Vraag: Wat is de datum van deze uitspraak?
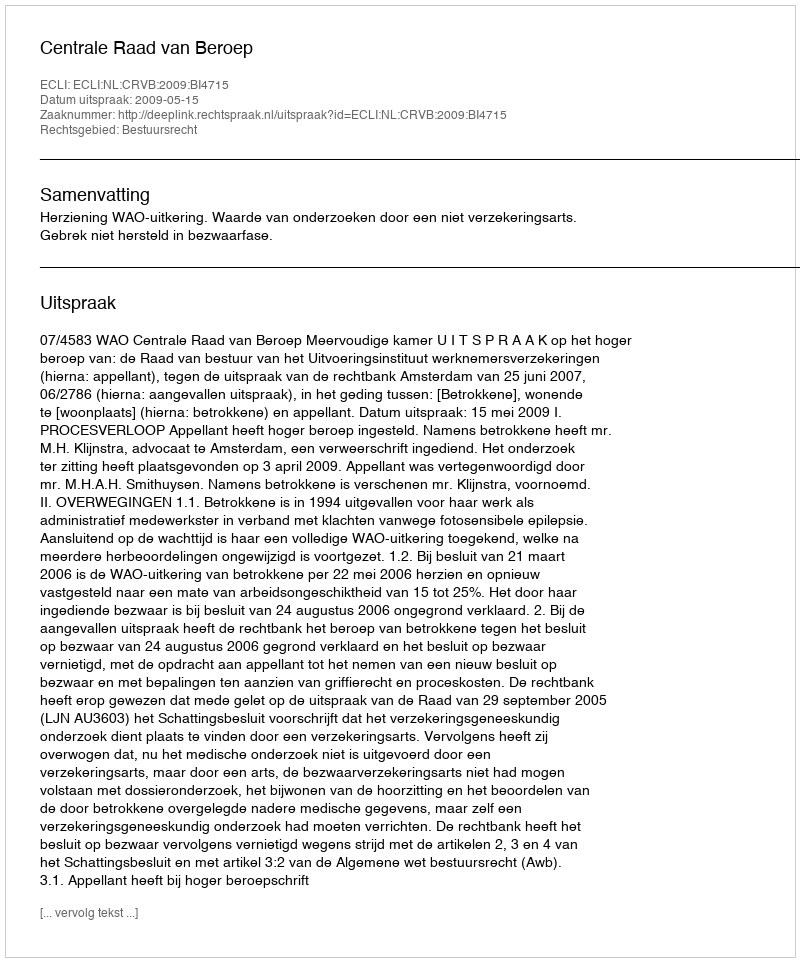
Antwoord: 2009-05-15